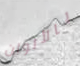
بالألوان